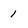
Character: 1